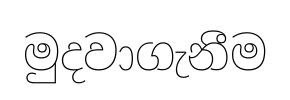
මුදවාගැනීම